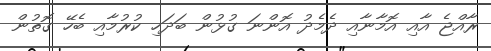
ރާއްޖެ އާއި އޮމާނާއި ދެމެދު އޮންނަ ގުޅުން ބަދަހި ކުރުމާއި ބެހޭ ގޮތުން